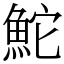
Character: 鮀